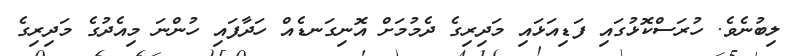
ލިބުނެވެ. ހުރަސްކޮޅުގައި ފަޑިއަޅައި މަދިރިގެ ދެމުމަށް އޮނިގަނޑެއް ހަދާފައި ހުންނަ މިއެދުގެ މަދިރިގެ